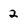
Character: 2